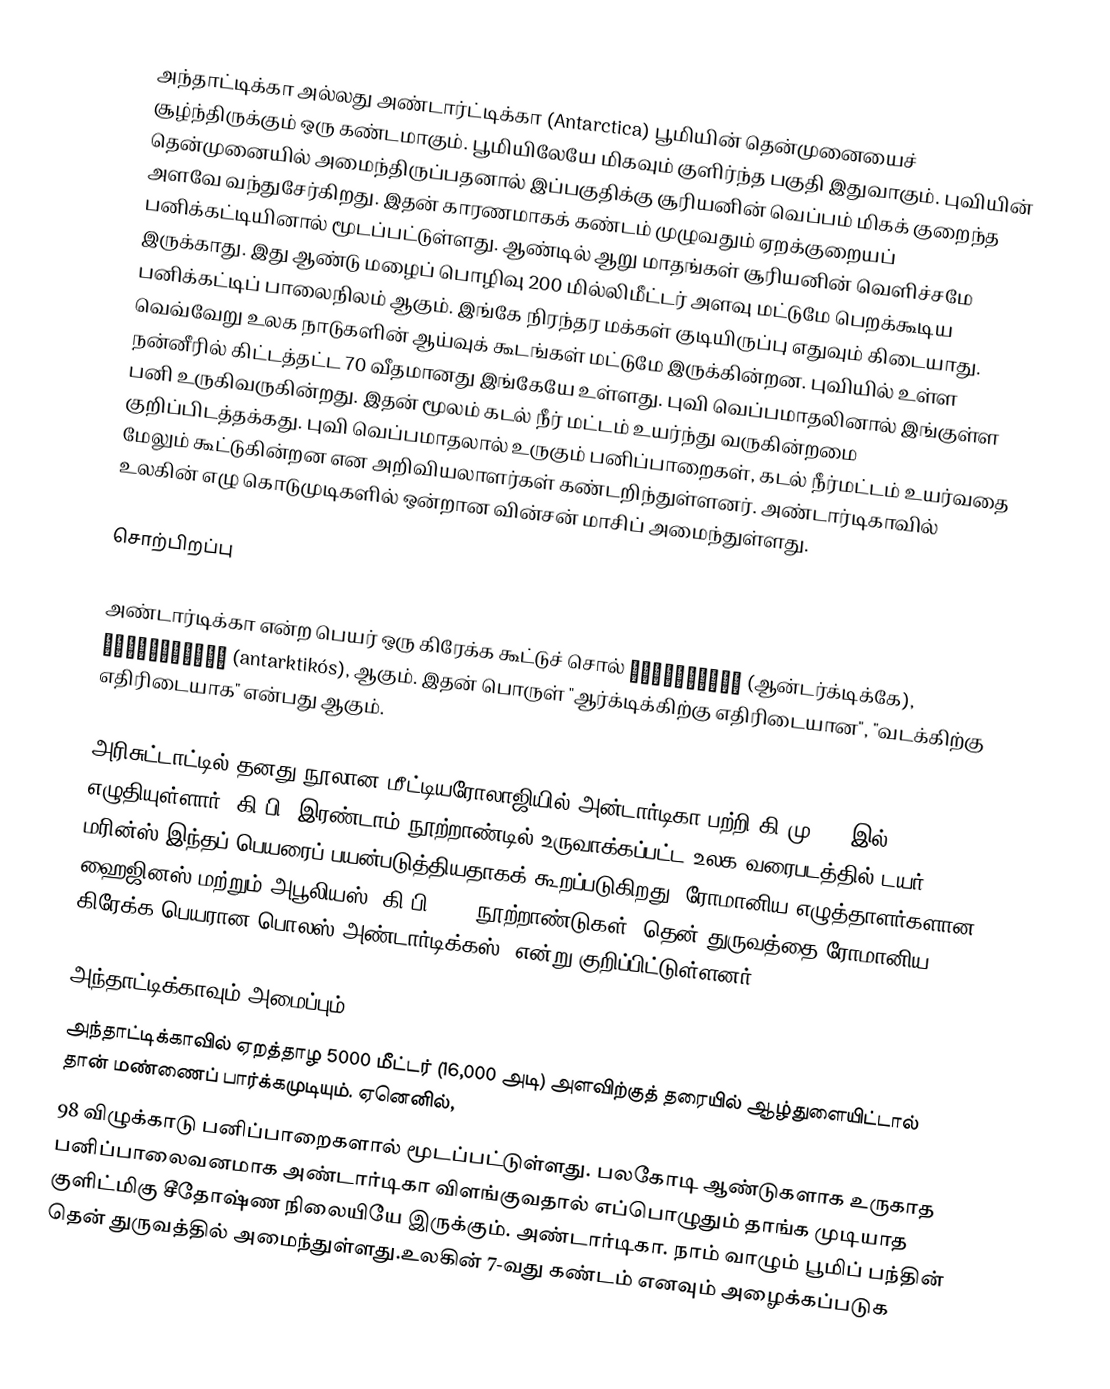
அந்தாட்டிக்கா அல்லது அண்டார்ட்டிக்கா (Antarctica) பூமியின் தென்முனையைச் சூழ்ந்திருக்கும் ஒரு கண்டமாகும். பூமியிலேயே மிகவும் குளிர்ந்த பகுதி இதுவாகும். புவியின் தென்முனையில் அமைந்திருப்பதனால் இப்பகுதிக்கு சூரியனின் வெப்பம் மிகக் குறைந்த அளவே வந்துசேர்கிறது. இதன் காரணமாகக் கண்டம் முழுவதும் ஏறக்குறையப் பனிக்கட்டியினால் மூடப்பட்டுள்ளது. ஆண்டில் ஆறு மாதங்கள் சூரியனின் வெளிச்சமே இருக்காது. இது ஆண்டு மழைப் பொழிவு 200 மில்லிமீட்டர் அளவு மட்டுமே பெறக்கூடிய பனிக்கட்டிப் பாலைநிலம் ஆகும். இங்கே நிரந்தர மக்கள் குடியிருப்பு எதுவும் கிடையாது. வெவ்வேறு உலக நாடுகளின் ஆய்வுக் கூடங்கள் மட்டுமே இருக்கின்றன. புவியில் உள்ள நன்னீரில் கிட்டத்தட்ட 70 வீதமானது இங்கேயே உள்ளது. புவி வெப்பமாதலினால் இங்குள்ள பனி உருகிவருகின்றது. இதன் மூலம் கடல் நீர் மட்டம் உயர்ந்து வருகின்றமை குறிப்பிடத்தக்கது. புவி வெப்பமாதலால் உருகும் பனிப்பாறைகள், கடல் நீர்மட்டம் உயர்வதை மேலும் கூட்டுகின்றன என அறிவியலாளர்கள் கண்டறிந்துள்ளனர். அண்டார்டிகாவில் உலகின் எழு கொடுமுடிகளில் ஒன்றான வின்சன் மாசிப் அமைந்துள்ளது.

சொற்பிறப்பு

அண்டார்டிக்கா என்ற பெயர் ஒரு கிரேக்க கூட்டுச் சொல் ἀνταρκτική (ஆன்டர்க்டிக்கே), ἀνταρκτικός (antarktikós), ஆகும். இதன் பொருள் "ஆர்க்டிக்கிற்கு எதிரிடையான", "வடக்கிற்கு எதிரிடையாக" என்பது ஆகும்.

அரிசுட்டாட்டில் தனது நூலான மீட்டியரோலாஜியில் அன்டார்டிகா பற்றி கி.மு 350-இல் எழுதியுள்ளார்.    கி.பி. இரண்டாம் நூற்றாண்டில் உருவாக்கப்பட்ட உலக வரைபடத்தில் டயர் மரின்ஸ் இந்தப் பெயரைப் பயன்படுத்தியதாகக் கூறப்படுகிறது. ரோமானிய எழுத்தாளர்களான ஹைஜினஸ் மற்றும் அபூலியஸ் (கி.பி. 1-2 நூற்றாண்டுகள்) தென் துருவத்தை ரோமானிய கிரேக்க பெயரான பொலஸ் அண்டார்டிக்கஸ், என்று குறிப்பிட்டுள்ளனர்.

அந்தாட்டிக்காவும் அமைப்பும்
அந்தாட்டிக்காவில் ஏறத்தாழ 5000 மீட்டர் (16,000 அடி) அளவிற்குத் தரையில் ஆழ்துளையிட்டால் தான் மண்ணைப் பார்க்கமுடியும். ஏனெனில்,
98 விழுக்காடு பனிப்பாறைகளால் மூடப்பட்டுள்ளது. பலகோடி ஆண்டுகளாக உருகாத பனிப்பாலைவனமாக அண்டார்டிகா விளங்குவதால் எப்பொழுதும் தாங்க முடியாத குளிட்மிகு சீதோஷ்ண நிலையியே இருக்கும். அண்டார்டிகா. நாம் வாழும் பூமிப் பந்தின் தென்  துருவத்தில் அமைந்துள்ளது.உலகின் 7-வது கண்டம் எனவும் அழைக்கப்படுக